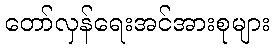
တော်လှန်ရေးအင်အားစုများ